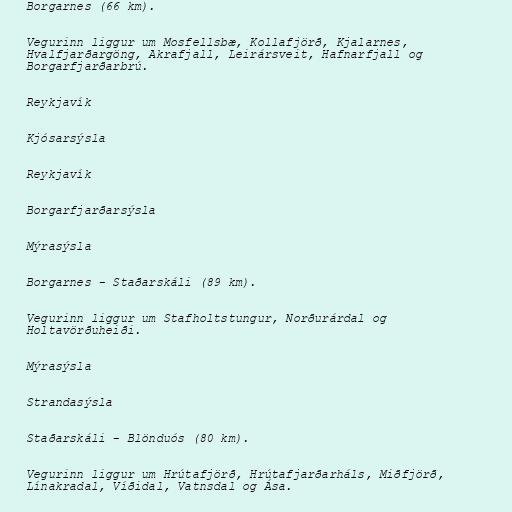
Borgarnes (66 km).

Vegurinn liggur um Mosfellsbæ, Kollafjörð, Kjalarnes,
Hvalfjarðargöng, Akrafjall, Leirársveit, Hafnarfjall og
Borgarfjarðarbrú.

Reykjavík

Kjósarsýsla

Reykjavík

Borgarfjarðarsýsla

Mýrasýsla

Borgarnes - Staðarskáli (89 km).

Vegurinn liggur um Stafholtstungur, Norðurárdal og
Holtavörðuheiði.

Mýrasýsla

Strandasýsla

Staðarskáli - Blönduós (80 km).

Vegurinn liggur um Hrútafjörð, Hrútafjarðarháls, Miðfjörð,
Línakradal, Víðidal, Vatnsdal og Ása.